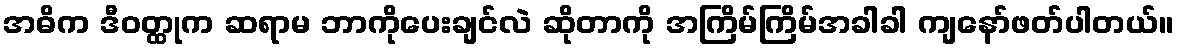
အဓိက ဒီဝတ္ထုက ဆရာမ ဘာကိုပေးချင်လဲ ဆိုတာကို အကြိမ်ကြိမ်အခါခါ ကျနော်ဖတ်ပါတယ်။